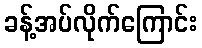
ခန့်အပ်လိုက်ကြောင်း